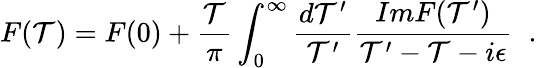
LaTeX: F(\mathcal{T})=F(0)+{\frac{{\mathcal{T}}}{{\pi}}}\int_{0}^{\infty}{\frac{{d\mathcal{T}^{\prime}}}{{\mathcal{T}^{\prime}}}}{\frac{{ImF(\mathcal{T}^{\prime})}}{{\mathcal{T}^{\prime}-\mathcal{T}-i\epsilon}}}\; \; .